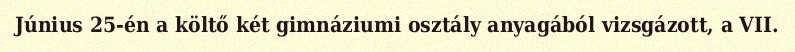
Június 25-én a költő két gimnáziumi osztály anyagából vizsgázott, a VII.